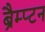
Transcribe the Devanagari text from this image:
ब्रैम्प्टन